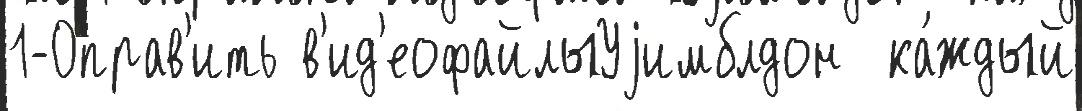
1-0прав'ить в'ид'еофайлыУjимблдон  ка́ждый